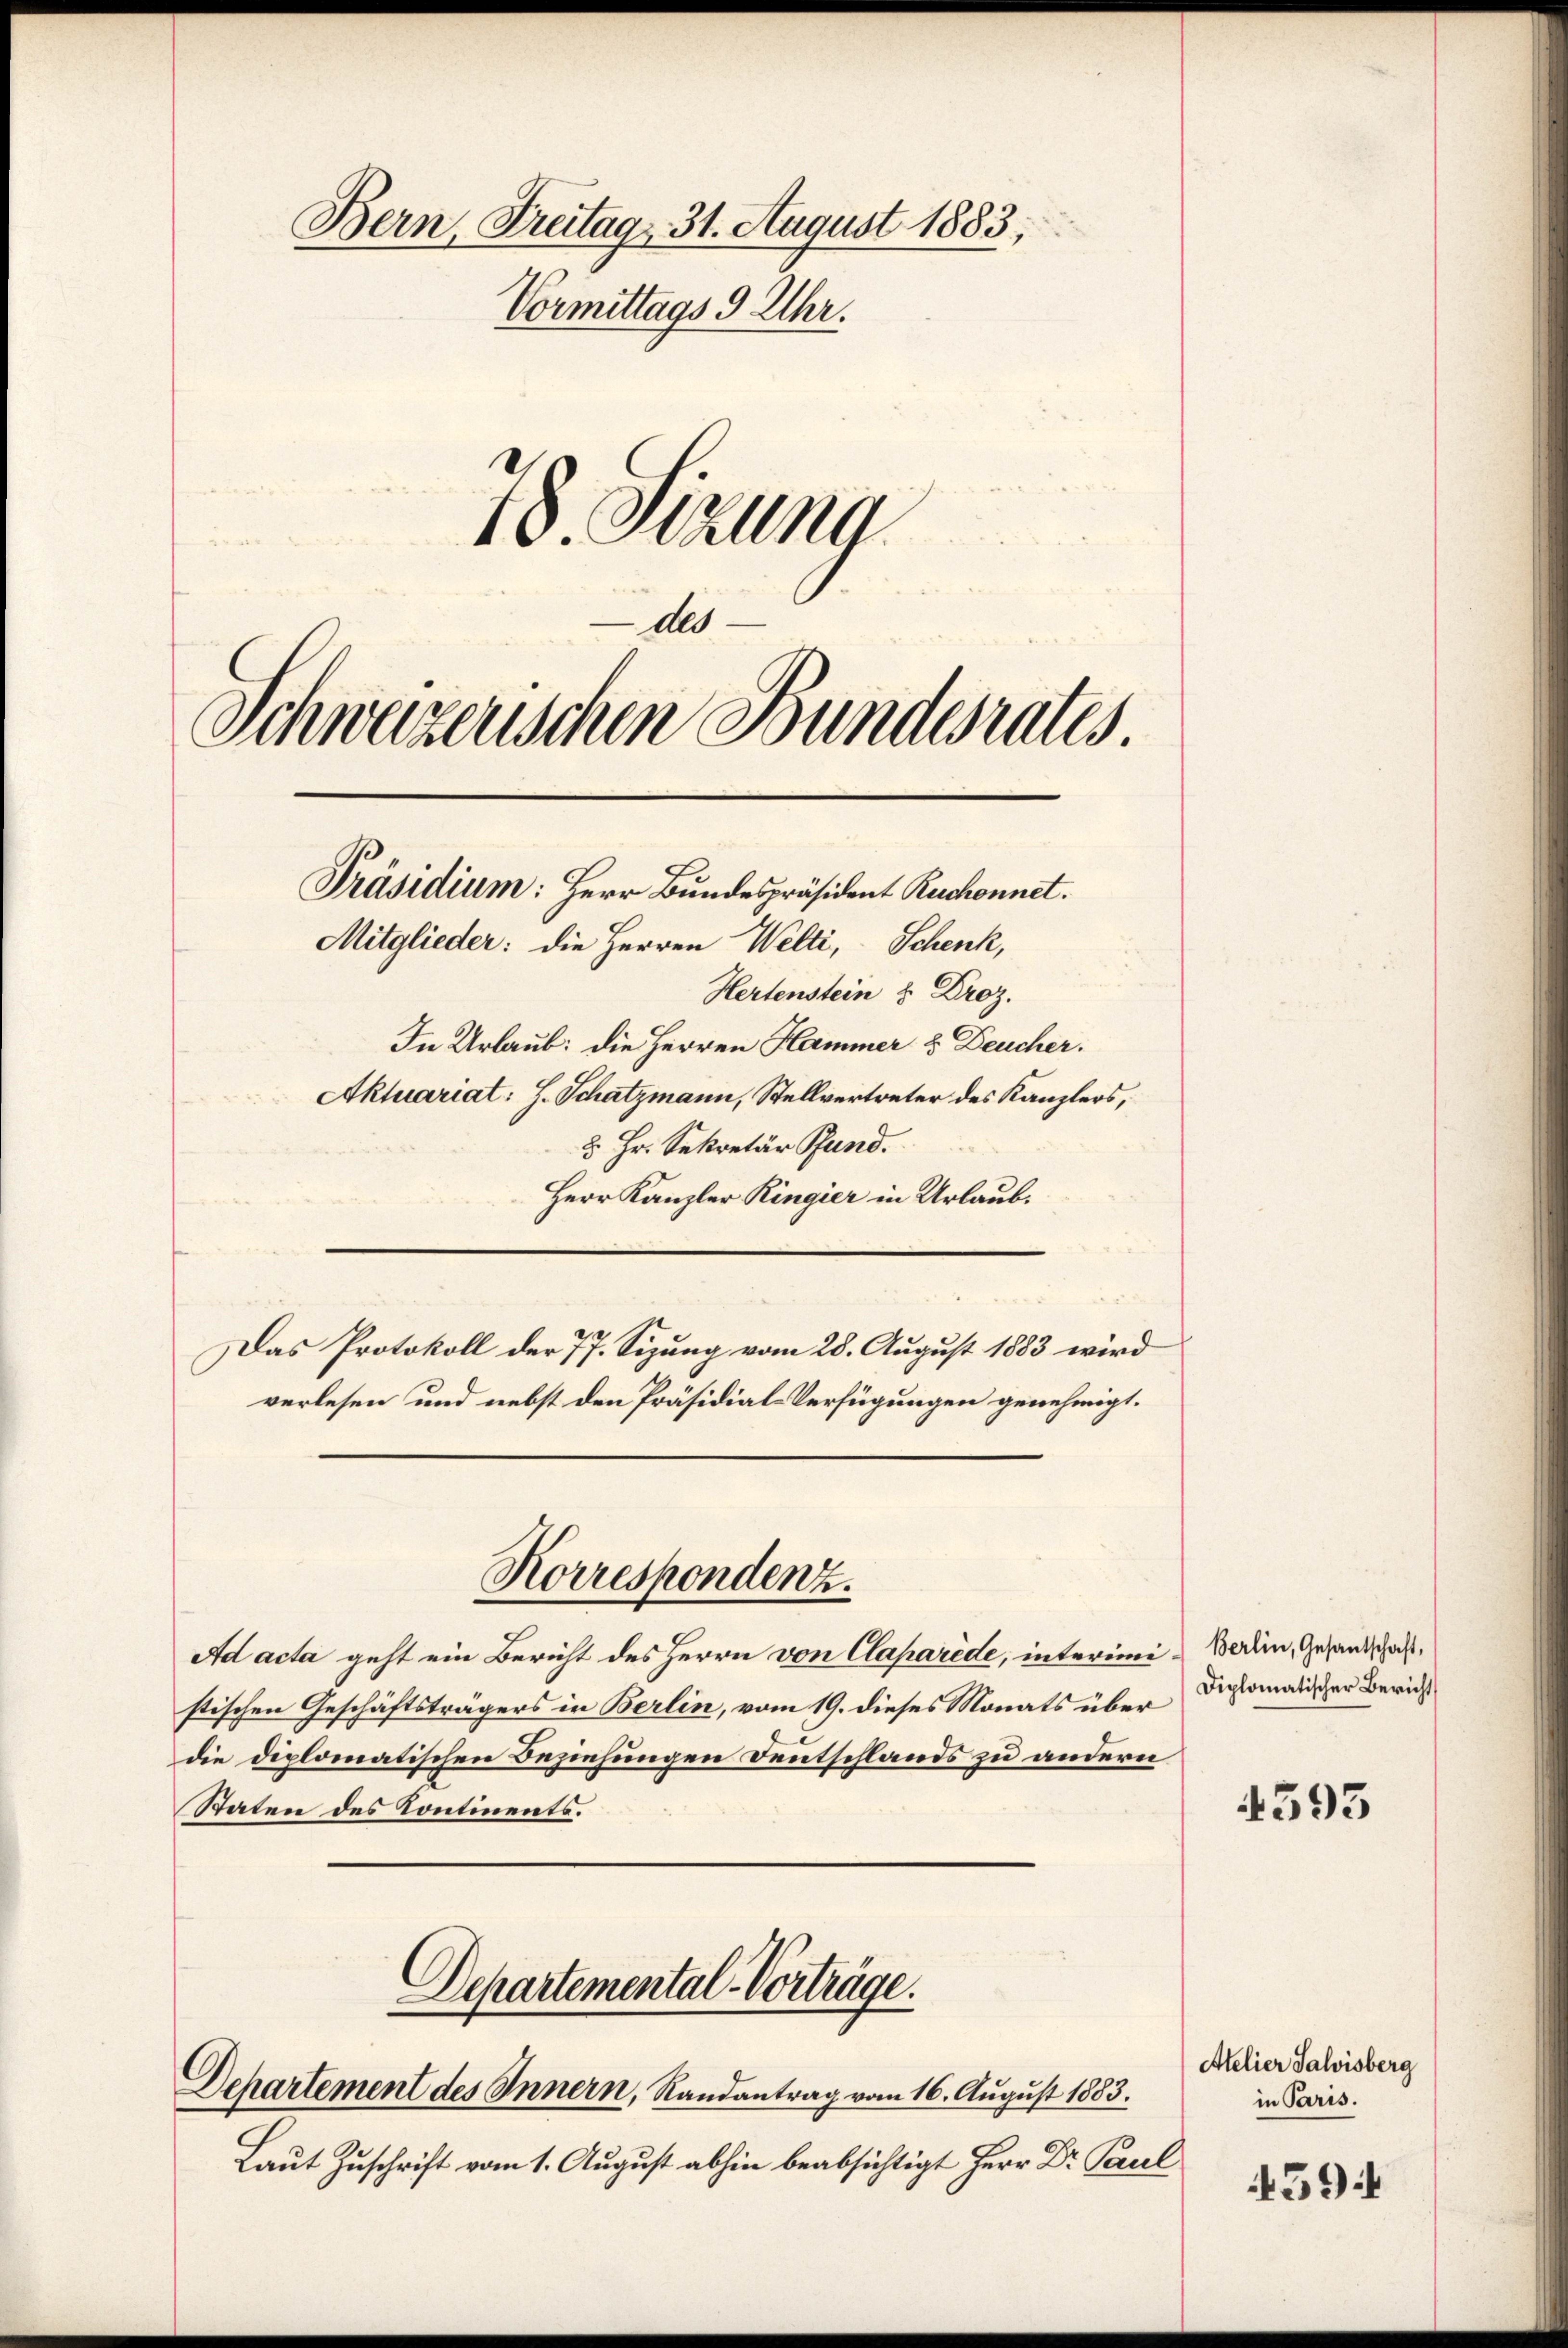
Bern, Freitag 31. August 1883;
Vormittags 9 Uhr.
18. Sizung

dls¬

Schweizerischen Bundesrates.
Präsidium: Herr Bundespräsident Ruchonnet.
Mitglieder: die Herren Welti, Schenk,

Hertenstein & Droz.
In Urlaub: die Herren Hammer & Deucher.
Aktuariat: H. Schatzmann, Stellvertreter des Kanzlers,
5 Hr. Sekretär Pfand.
Herr Kanzler Ringier in Urlaub.
Das Protokoll der 77. Sizung vom 28. August 1883 wird
verlesen und nebst den Präsidial-Verfügungen genehmigt.
Korrespondenz.
Ad acta geht ein Bericht des Herrn von Claparède, interimi - Berlin, Gesandschaft,
stischen Geschäftsträgers in Berlin, vom 19. dieses Monats über
die diplomatischen Beziehungen Deutschlands zu andern
Staten des Continents.

Departemental-Vorträge.
Departement des Innern, Randantrag vom 16. August 1883.

Laut Zuschrift vom 1. August abhin beabsichtigt Herr Dr. Paul

Diplomatischer Bericht

4593

Atelier Salvisberg
in Paris.

4594